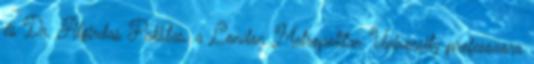
és Dr. Algirdas Pakštas, a London Metropolitan University professzora